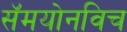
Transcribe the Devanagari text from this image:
सॅमयोनविच